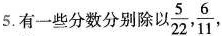
5.有一些分数分别除以 \frac{5}{22}， \frac{6}{11}，